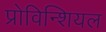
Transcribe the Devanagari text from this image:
प्रोविन्शियल